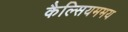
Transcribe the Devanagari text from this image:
कैल्सियममय